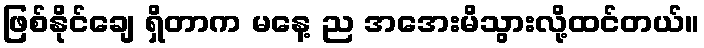
ဖြစ်နိုင်ချေ ရှိတာက မနေ့ ည အအေးမိသွားလို့ထင်တယ်။